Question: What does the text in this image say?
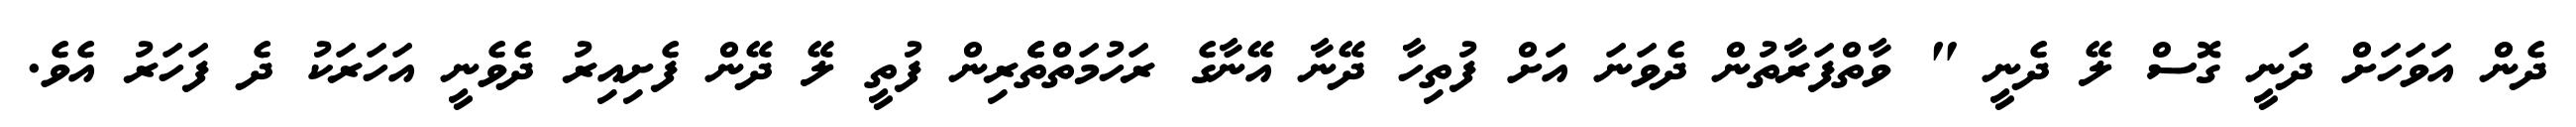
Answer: ދެން އަވަހަށް ދަނީ ގޮސް ލޭ ދެނީ " ވާތްފަރާތުން ދެވަނަ އަށް ފުތިހާ ދޭނާ އޭނާގެ ރަހުމަތްތެެރިން ފުތީ ލޭ ދޭން ފެށިއިރު ދެވެނީ އަހަރަކު ދެ ފަހަރު އެވެ.